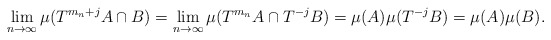
\begin{align*}\lim_{n\to \infty} \mu ( T^{m_n + j}A\cap B ) = \lim_{n\to \infty} \mu ( T^{m_n}A\cap T^{-j}B ) = \mu ( A ) \mu ( T^{-j} B ) = \mu ( A ) \mu ( B ) .\end{align*}